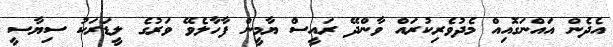
އެދެން އައްނަގޮއިއް މެދުވެރިކުރައް ވާންދޭ ރައީސް ޔާމީން ފާހާލެވޭ ވަރުގެ ލީޑަރަކު ސިޔާސީ